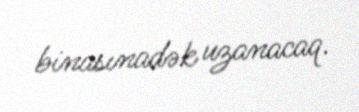
binasınadək uzanacaq.